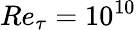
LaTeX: Re_{\tau}=10^{10}